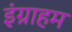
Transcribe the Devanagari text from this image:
इंग्राहम